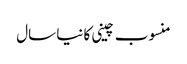
منسوب چینی کا نیا سال